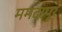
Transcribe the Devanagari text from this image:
ममदापूर